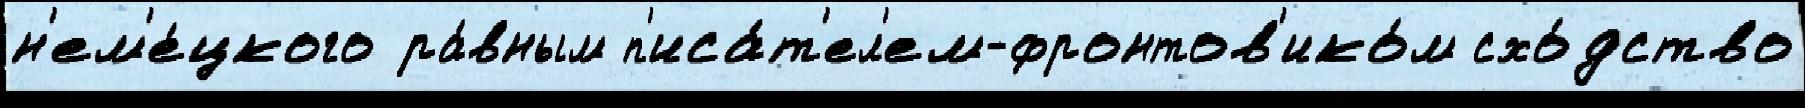
н'ем'е́цкого ра́вным п'иса́т'ел'ем-фронтов'ико́м схо́дство